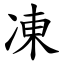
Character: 凍